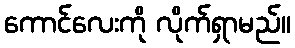
ကောင်လေးကို လိုက်ရှာမည်။